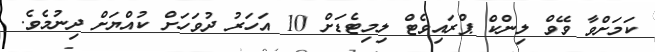
ކަމަށްވާ ވޭވް ލިންކް ޕްރައިވެޓް ލިމިޓެޑަށް 10 އަހަރު ދުވަހަށް ކުއްޔަށް ދިނުމެވެ.